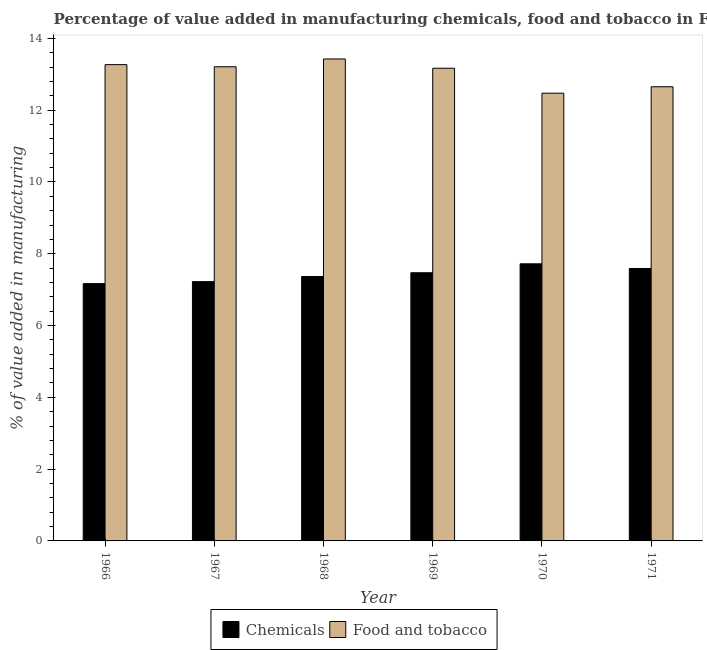
| Year | Chemicals | Food and tobacco |
 | --- | --- | --- |
 | 1966 | 7.17 | 13.3 |
 | 1967 | 7.22 | 13.2 |
 | 1968 | 7.37 | 13.4 |
 | 1969 | 7.47 | 13.2 |
 | 1970 | 7.72 | 12.5 |
 | 1971 | 7.59 | 12.7 |